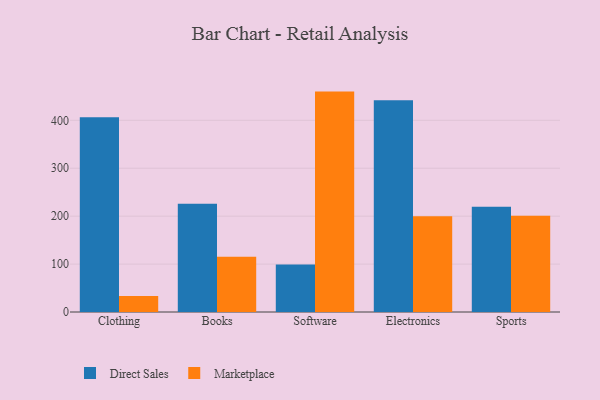
{"axis": {"x": "Category", "y": "Budget (USD K)"}, "legend": ["Direct Sales", "Marketplace"], "data": [{"x": "Clothing", "y": 406.6, "type": "Direct Sales"}, {"x": "Clothing", "y": 33.5, "type": "Marketplace"}, {"x": "Books", "y": 226.0, "type": "Direct Sales"}, {"x": "Books", "y": 115.3, "type": "Marketplace"}, {"x": "Software", "y": 99.2, "type": "Direct Sales"}, {"x": "Software", "y": 459.9, "type": "Marketplace"}, {"x": "Electronics", "y": 442.1, "type": "Direct Sales"}, {"x": "Electronics", "y": 199.8, "type": "Marketplace"}, {"x": "Sports", "y": 219.6, "type": "Direct Sales"}, {"x": "Sports", "y": 201.0, "type": "Marketplace"}]}